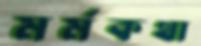
মর্মকথা